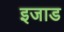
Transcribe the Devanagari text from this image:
इजाड